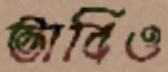
ভাবিও